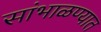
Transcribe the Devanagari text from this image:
सांभाळण्यात